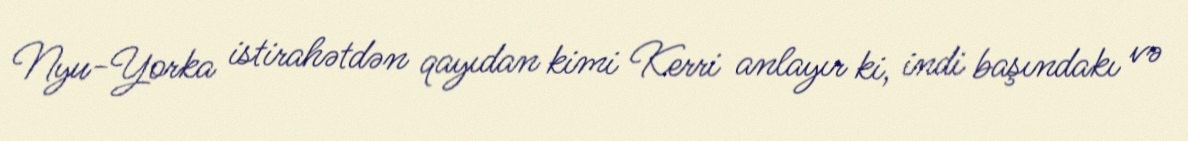
Nyu-Yorka istirahətdən qayıdan kimi Kerri anlayır ki, indi başındakı və